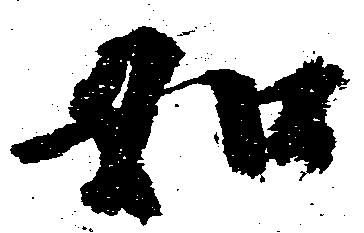
如